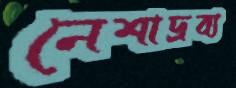
নেশাদ্রব্য